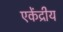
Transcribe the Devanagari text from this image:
एकेंद्रीय